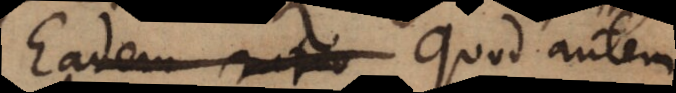
Eadem ratio Quod autem